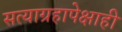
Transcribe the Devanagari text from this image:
सत्याग्रहापेक्षाही